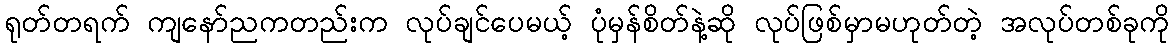
ရုတ်တရက် ကျနော်ညကတည်းက လုပ်ချင်ပေမယ့် ပုံမှန်စိတ်နဲ့ဆို လုပ်ဖြစ်မှာမဟုတ်တဲ့ အလုပ်တစ်ခုကို